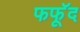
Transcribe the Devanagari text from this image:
फफूॅद